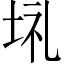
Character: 𡋀